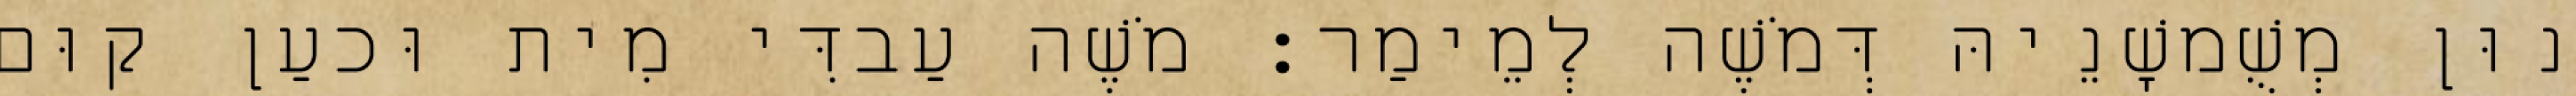
נוּן מְשֻׁמשָׁנֵיהּ דְּמֹשֶׁה לְמֵימַר׃ מֹשֶׁה עַבדִּי מִית וּכעַן קוּם